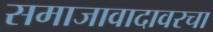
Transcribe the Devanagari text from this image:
समाजावादावरचा